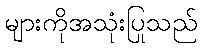
များကိုအသုံးပြုသည်